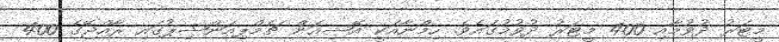
މީޓަރު ދުވުމާއި 400 މީޓަރު ދުވުމުގައެވެ. ހިމްނާއަކީ އޭޝިއަން ޗެމްޕިއަންޝިޕުގައި ރާއްޖޭގެ 400